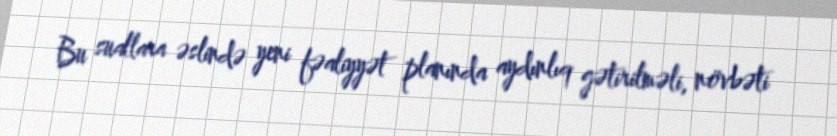
Bu suallara əslində yeni fəaliyyət planında aydınlıq gətirilməli, növbəti